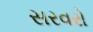
સરવરો